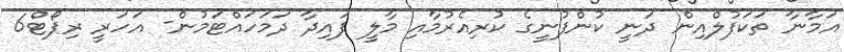
އަމާނާ ތަކަފުލްއިން ދަނީ ކުންފުނީގެ ކުރިއެރުމާއި މާލީ ފައިދާ ދަމަހައްޓަމުން- އަހަރީ ރިޕޯޓް6